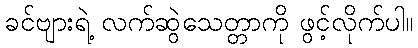
ခင်ဗျားရဲ့ လက်ဆွဲသေတ္တာကို ဖွင့်လိုက်ပါ။